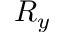
R _ { y }